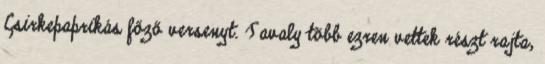
Csirkepaprikás főző versenyt. Tavaly több ezren vettek részt rajta,